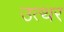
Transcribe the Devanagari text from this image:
उत्थर